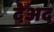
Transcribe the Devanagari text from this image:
देअद